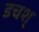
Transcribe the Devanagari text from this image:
डचश्